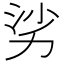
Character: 𪟜